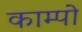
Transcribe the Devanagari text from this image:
काम्पो